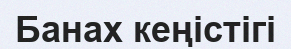
Банах кеңістігі